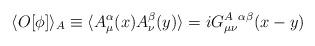
LaTeX: \begin{align*}\langle O[\phi]\rangle_A\equiv\langle A^\alpha_\mu(x) A^\beta_\nu(y)\rangle=iG^{A\ \alpha\beta}_{\mu\nu}(x-y)\end{align*}